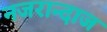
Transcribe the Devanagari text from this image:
नजरान्दाज